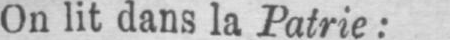
On lit dans la Patrie: